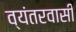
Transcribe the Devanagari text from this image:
व्यंतरवासी